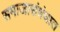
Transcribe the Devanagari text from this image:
समाजासंबंधात